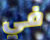
في